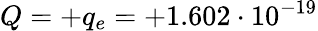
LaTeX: Q=+q_{e}=+1.602\cdot 10^{-19}